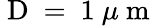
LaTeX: \mathrm{~D~=~1~}\mu\mathrm{~m~}